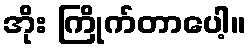
အိုး ကြိုက်တာပေါ့။